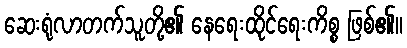
ဆေးရုံလာတက်သူတို့၏ နေရေးထိုင်ရေးကိစ္စ ဖြစ်၏။